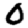
Digit: 0